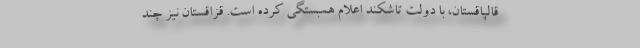
قالپاقستان، با دولت تاشکند اعلام همبستگی کرده است. قزاقستان نیز چند